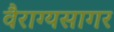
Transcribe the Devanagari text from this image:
वैराग्यसागर